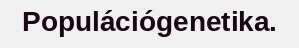
Populációgenetika.